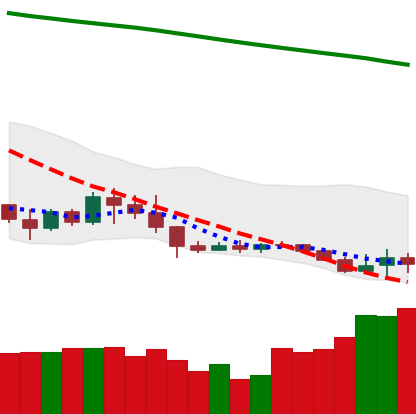
Ticker: XLM-USD
Chart end date: 2019-09-09
Forward return: -3.519%
Label: down_3_5